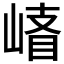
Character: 𰎪